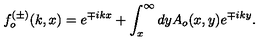
f _ { o } ^ { ( \pm ) } ( k , x ) = e ^ { \mp i k x } + \int _ { x } ^ { \infty } d y A _ { o } ( x , y ) e ^ { \mp i k y } .